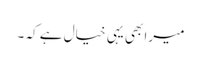
میرا بھی یہی خیال ہے کہ ۔